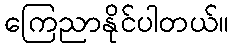
ကြေညာနိုင်ပါတယ်။